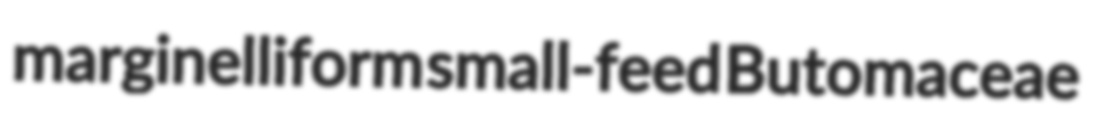
marginelliform small-feed Butomaceae